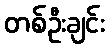
တစ်ဦးချင်း